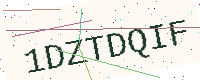
Text: 1DZTDQIF